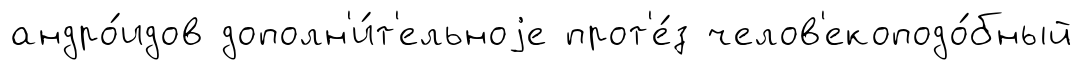
андро́идов дополн'и́т'ельноjе прот'е́з челов'екоподо́бный